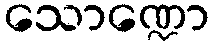
သောဏ္ဍော